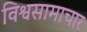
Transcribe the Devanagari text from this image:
विश्वसामाचार